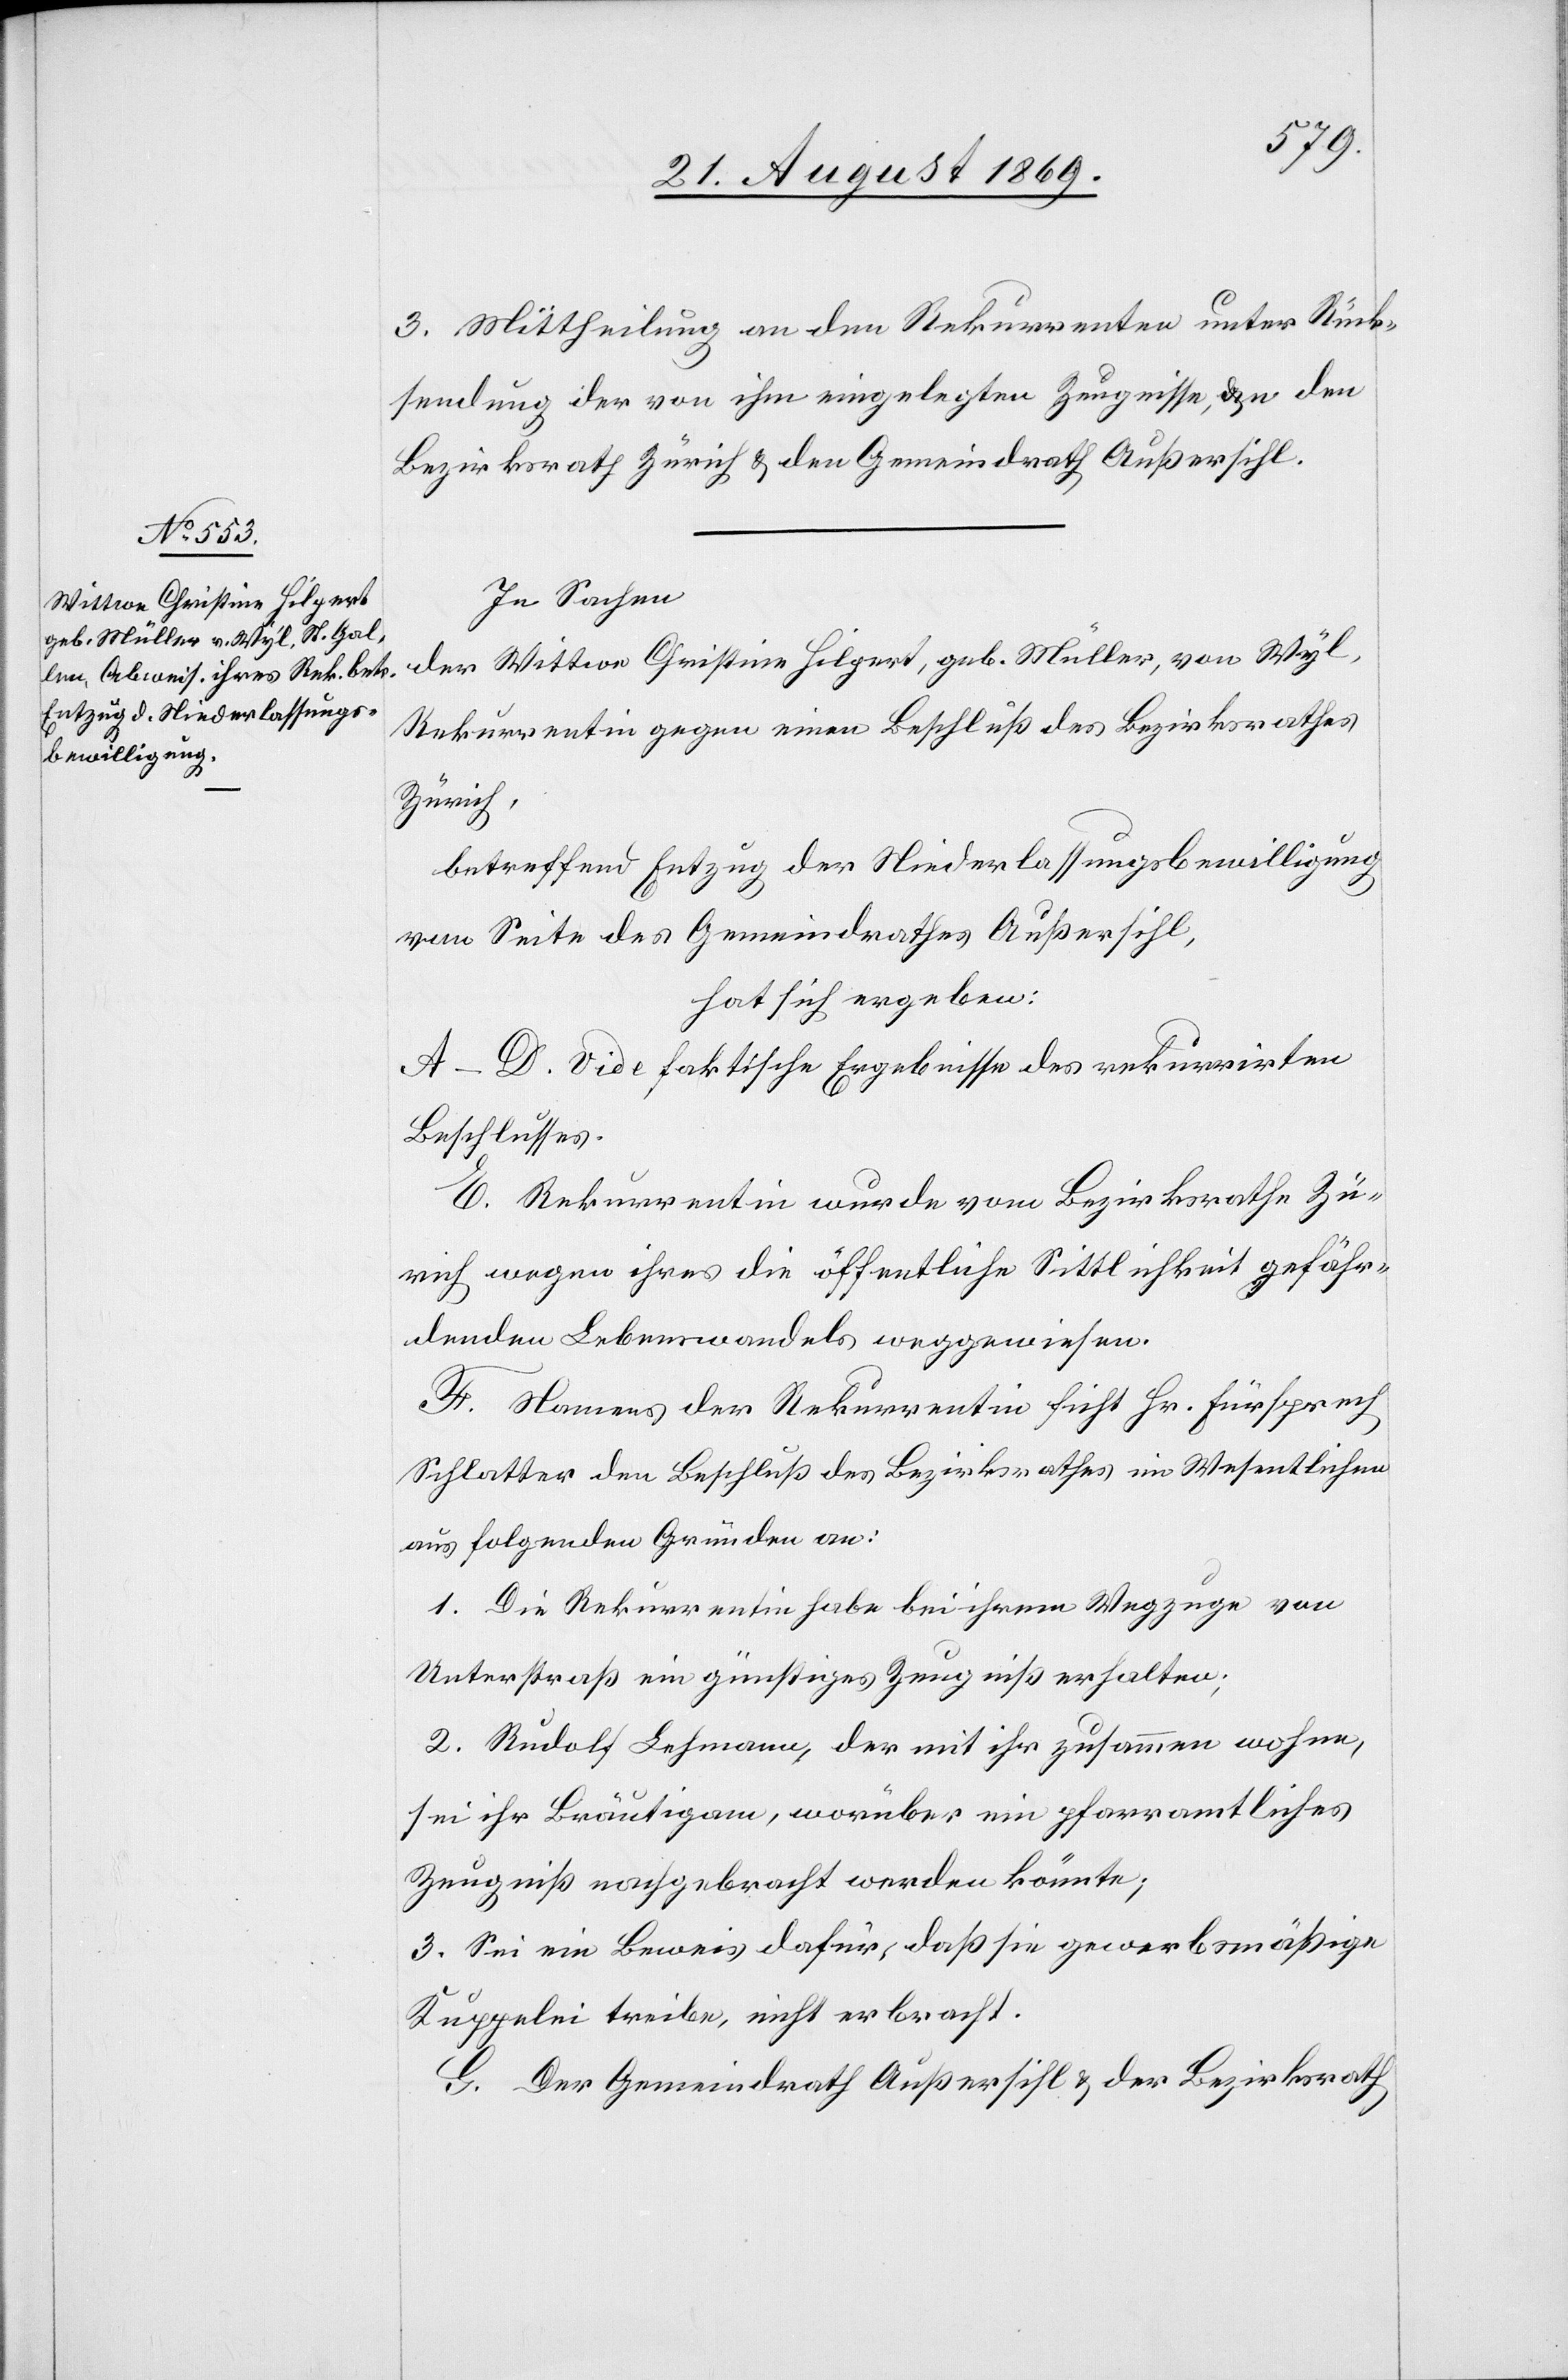
3. Mittheilung an den Rekurrenten unter Rück¬
sendung der von ihm eingelegten Zeugnisse, an den
Bezirksrath Zürich & den Gemeindrath Außersihl.
In Sachen
der Wittwe Christine Hilpert, geb. Müller, von Wyl,
Rekurrentin gegen einen Beschluß des Bezirksrathes
Zürich,
betreffend Entzug der Niederlassungsbewilligung
von Seite des Gemeindrathes Außersihl,
hat sich ergeben:
A–D. Vide faktische Ergebnisse des rekurrirten
Beschlusses.
E. Rekurrentin wurde vom Bezirksrathe Zü¬
rich wegen ihres die öffentliche Sittlichkeit gefähr¬
denden Lebenswandels weggewiesen.
F. Namens der Rekurrentin ficht Hr. Fürsprech
Schlatter den Beschluß des Bezirksrathes im Wesentlichen
aus folgenden Gründen an:
1. Die Rekurrentin habe bei ihrem Wegzuge von
Unterstraß ein günstiges Zeugniß erhalten;
2. Rudolf Lehmann, der mit ihr zusammen wohne,
sei ihr Bräutigam, worüber ein pfarramtliches
Zeugniß nachgebracht werden könnte;
3. Sei ein Beweis dafür, daß sie gewerbsmäßige
Kuppelei treibe, nicht erbracht.
G. Der Gemeindrath Außersihl & der Bezirksrath